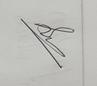
Signature authenticity: genuine